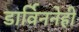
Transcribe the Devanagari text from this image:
डार्विननेही